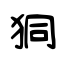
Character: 狪